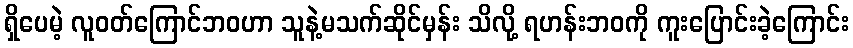
ရှိပေမဲ့ လူဝတ်ကြောင်ဘဝဟာ သူနဲ့မသက်ဆိုင်မှန်း သိလို့ ရဟန်းဘဝကို ကူးပြောင်းခဲ့ကြောင်း